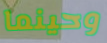
وحينما